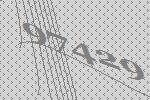
97429